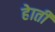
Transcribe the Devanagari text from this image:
हेाती